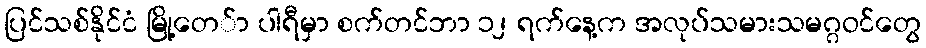
ပြင်သစ်နိုင်ငံ မြို့တေ်ာ ပါရီမှာ စက်တင်ဘာ ၁၂ ရက်နေ့က အလုပ်သမားသမဂ္ဂဝင်တွေ